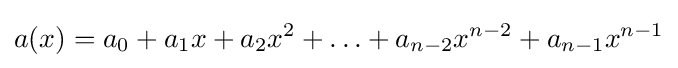
a(x)=a_{0}+a_{1}x+a_{2}x^{2}+\ldots +a_{n-2}x^{n-2}+a_{n-1}x^{n-1}